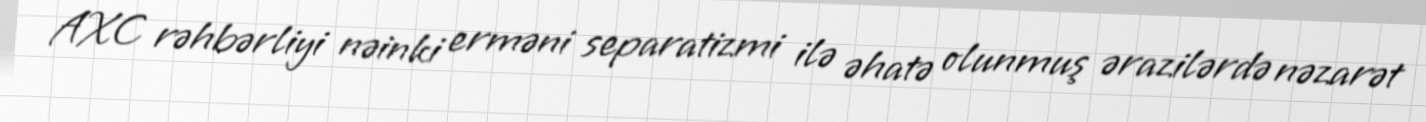
AXC rəhbərliyi nəinki erməni separatizmi ilə əhatə olunmuş ərazilərdə nəzarət